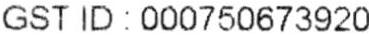
GST ID: 000750673920